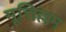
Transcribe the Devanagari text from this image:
मूत्तिल्लम